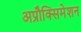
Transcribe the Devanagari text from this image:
अप्रौक्सिमेशन